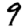
Digit: 9